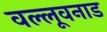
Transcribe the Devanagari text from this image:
वल्लूवनाड